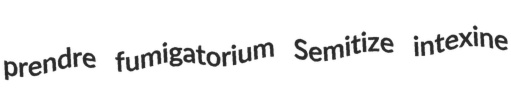
prendre fumigatorium Semitize intexine